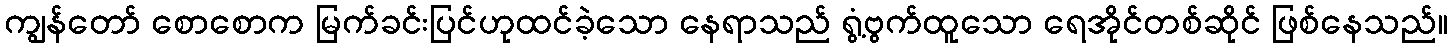
ကျွန်တော် စောစောက မြက်ခင်းပြင်ဟုထင်ခဲ့သော နေရာသည် ရွံ့ဗွက်ထူသော ရေအိုင်တစ်ဆိုင် ဖြစ်နေသည်။